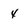
Character: 4